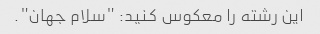
این رشته را معکوس کنید: "سلام جهان".